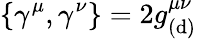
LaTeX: \{ \gamma^{\mu},\gamma^{\nu}\} =2g_{(\mathrm{d})}^{\mu\nu}